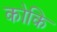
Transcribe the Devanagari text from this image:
कोकि